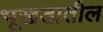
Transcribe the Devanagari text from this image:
भूखडातील